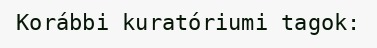
Korábbi kuratóriumi tagok: